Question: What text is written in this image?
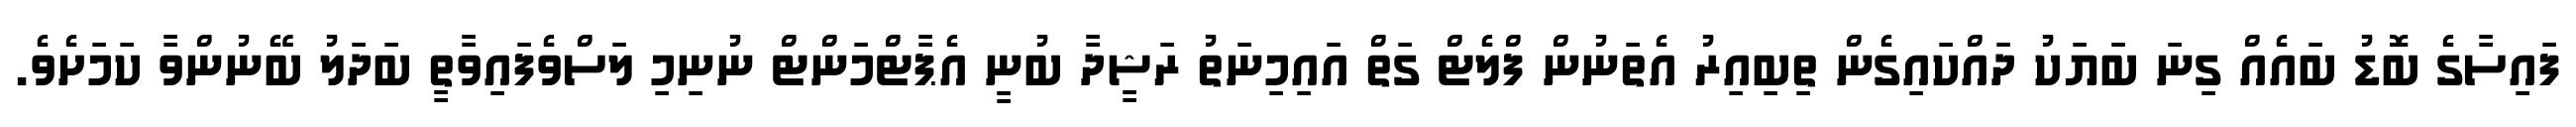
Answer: ފައިސާގެ ބޮޑު ބައެއް ގިނަ ބަޔަކު ދައްކައިގެން ތިބިއިރު އެތަނުން ފްލެޓް ގަތް އައިމިނަތު ރަޝީދާ ބުނީ އެޕާޓްމަންޓް ނުނިމި ލަސްވެފައިވާތީ ބަދަލު ބޭނުންވާ ކަމަށެވެ.